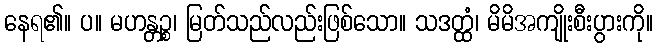
နေရ၏။ ပ။ မဟန္တဉ္စ၊ မြတ်သည်လည်းဖြစ်သော။ သဒတ္ထံ၊ မိမိအကျိုးစီးပွားကို။